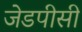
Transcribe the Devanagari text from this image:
जेडपीसी